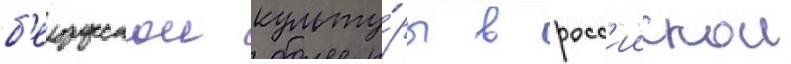
б'елорусскои культу́ры в росс'иискои